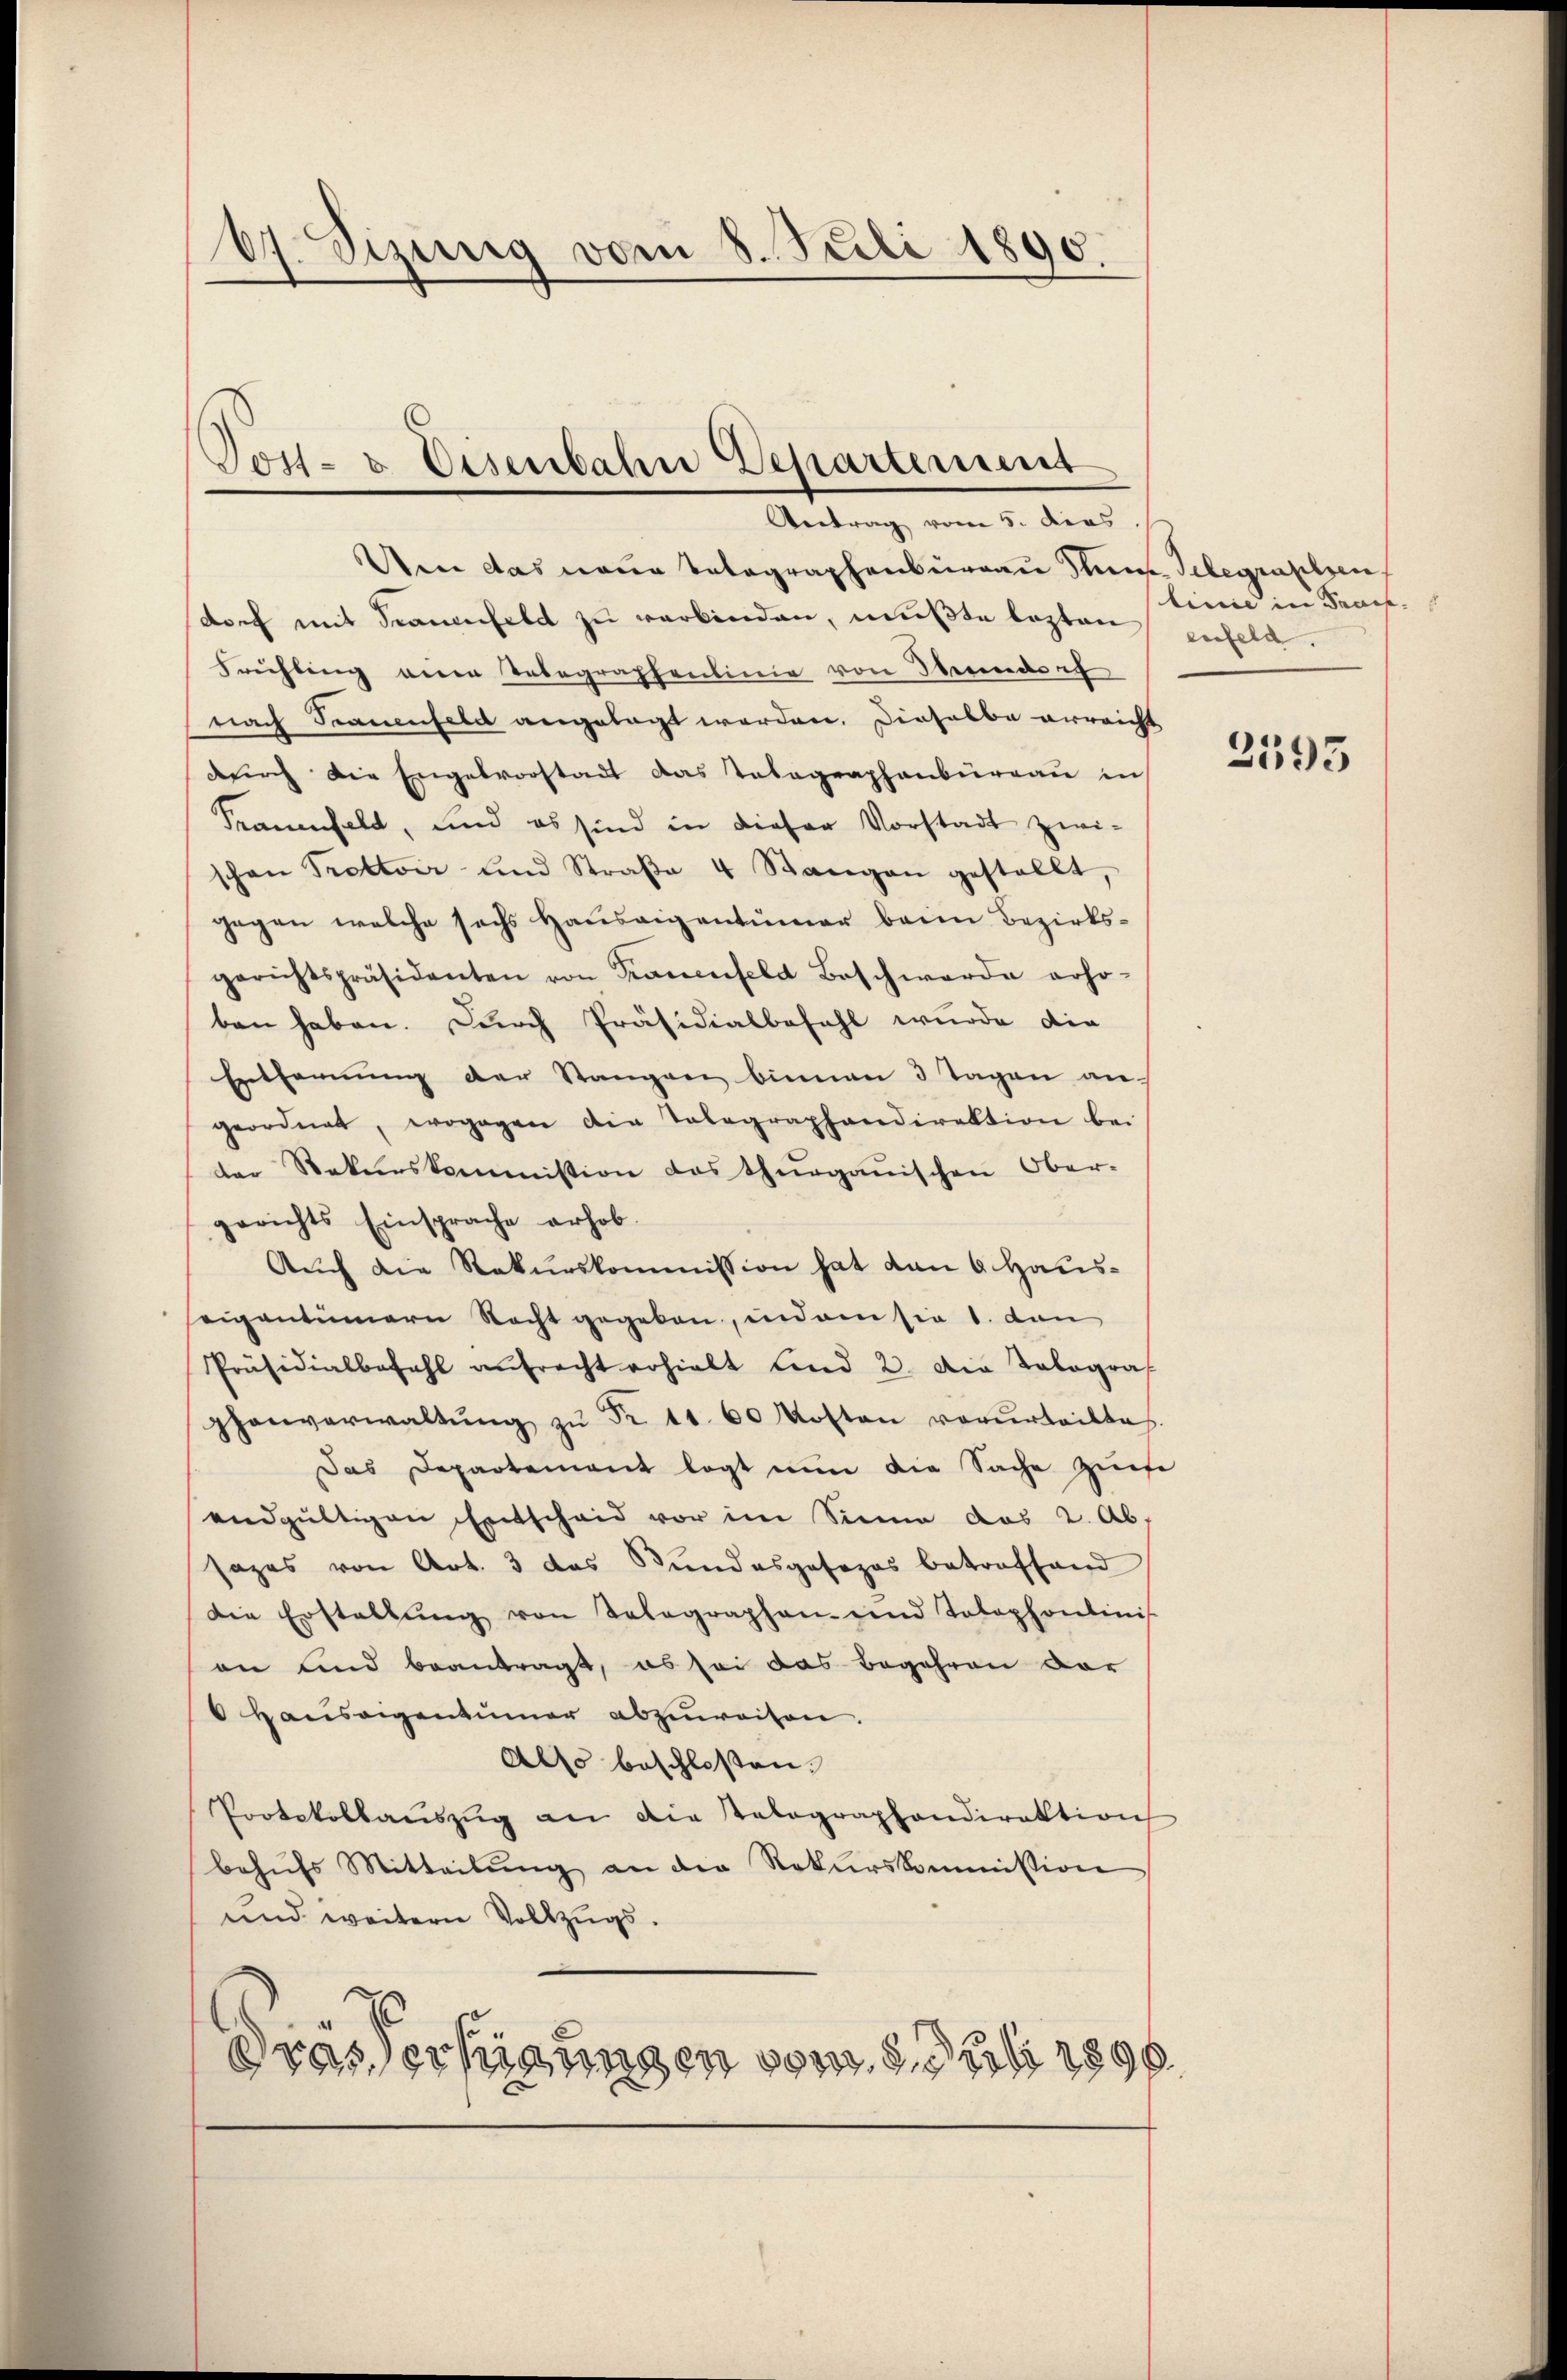
67. Sizung vom 8. Juli 1890.

Post- & Eisenbahn Departement

Anne das neue Telegraphenbüreau Stunde Telegraphen
doch mit Frauenfeld zu verbinden, mußte lezten enfeld.
Frühling einen Telegraphenlinie von Therende ich
nach Trauenfeld angelegt worden. Dieselbe erreicht
durch die Engelvorstadt das Telegraphenburgau in
Frauenfeld, und es sind in dieser Vorstadt zwi-
schon Trottoir und Straβe 4 Stangen gestellt,
gegen welche sechs Hauseigentümer beim Bezirksgerichtspräsidenten von Trauenfeld Beschwerde erho-
ben haben. Durch Präsidialbefehl wurde die
Entfernung der Stangen binnen 3 Tagen an-
geordnet, wogegen die Telegraphendirektion bei
der Rekurskommission das thurgauischen Ober-
gerichts Einsprache erhob.
Auch die Rekurskommission hat den 6. Hauseigentümern Recht gegeben, indem sie 1. den
Präsidialbefahl aŭfrecht erhielt und 2. Die Tolograf
phenverwaltŭng zŭ Fr. 11. 60 Kosten verurteilte.
Das Departement legt nun die Sache Zeite
endgültigen Entscheid vor im Sinne das 2. Ab
sazes von Art. 3 das Bundesgesezes betreffend
Die Erstellŭng von Telegraphen- und Tolophantinis
an und beantragt, es sei das Begehren vor
 Hauseigentümer abzuweisen.
Also beschlossen:
Protokollaŭszŭg an die Telegraphendirektion
behufs Mitteilŭng an die Rekurskommission
und weitern Vollzugs-
drasterfügungen vom 9. Juli 1896

Antrag vom 5. dies

linie in Praes.

2595